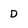
Character: D